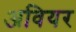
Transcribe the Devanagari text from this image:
अवियर